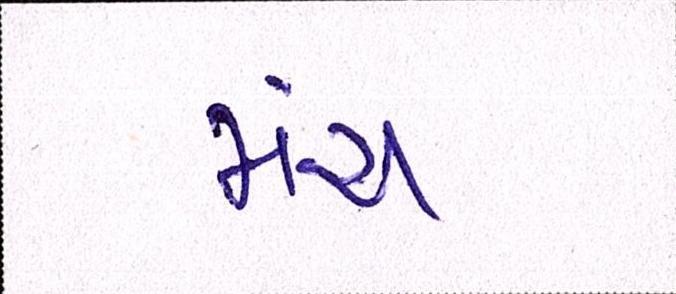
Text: મંચ